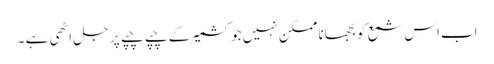
اب اس شمع کو بجھانا ممکن نہیں جو کشمیر کے چپے چپے پر جل اٹھی ہے ۔